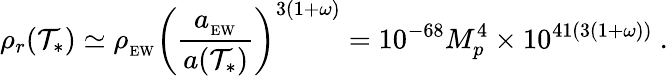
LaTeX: \rho_{r}(\mathcal{T}_{*})\simeq\rho_{_\mathrm{{EW}}}\left({\frac{{a_{_\mathrm{{EW}}}}}{{a(\mathcal{T}_{*})}}}\right)^{3(1+\omega)}=10^{-68}M_{p}^{4}\times10^{41(3(1+\omega))}\ .